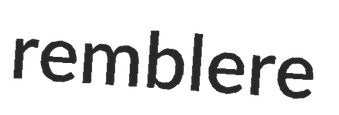
remblere